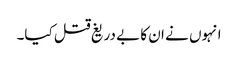
انہوں نے ان کا بے دریغ قتل کیا۔